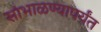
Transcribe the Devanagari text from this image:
सांभाळण्यापर्यंत